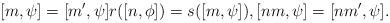
LaTeX: \begin{align*} [m,\psi] = [m',\psi] r([n,\phi]) = s([m,\psi]), [nm,\psi] = [nm',\psi].\end{align*}